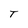
Character: T